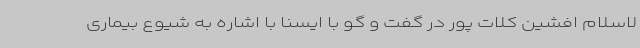
لاسلام افشین کلات پور در گفت و گو با ایسنا با اشاره به شیوع بیماری